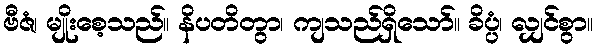
ဗီဇံ၊ မျိုးစေ့သည်။ နိပတိတွာ၊ ကျသည်ရှိသော်။ ခိပ္ပံ၊ လျှင်စွာ။